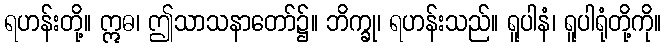
ရဟန်းတို့။ ဣဓ၊ ဤသာသနာတော်၌။ ဘိက္ခု၊ ရဟန်းသည်။ ရူပါနံ၊ ရူပါရုံတို့ကို။